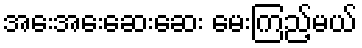
အေးအေးဆေးဆေး မေးကြည့်မယ်